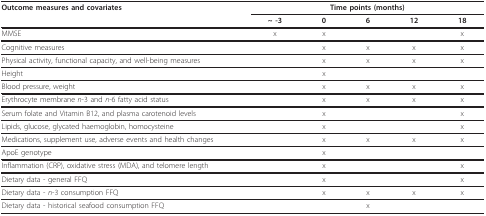
| Outcome measures and covariates | <COLSPAN=5> Time points (months) |
 |  | ~ -3 | 0 | 6 | 12 | 18 |
 | --- | --- | --- | --- | --- | --- |
 | MMSE | x | x |  |  | x |
 | Cognitive measures |  | x | x | x | x |
 | Physical activity, functional capacity, and well-being measures |  | x | x | x | x |
 | Height |  | x |  |  |  |
 | Blood pressure, weight |  | x | x | x | x |
 | Erythrocyte membrane n-3 and n-6 fatty acid status |  | x | x | x | x |
 | Serum folate and Vitamin B12, and plasma carotenoid levels |  | x |  |  | x |
 | Lipids, glucose, glycated haemoglobin, homocysteine |  | x |  |  | x |
 | Medications, supplement use, adverse events and health changes |  | x | x | x | x |
 | ApoE genotype |  | x |  |  |  |
 | Inflammation (CRP), oxidative stress (MDA), and telomere length |  | x |  |  | x |
 | Dietary data - general FFQ |  | x |  |  | x |
 | Dietary data - n-3 consumption FFQ |  | x | x | x | x |
 | Dietary data - historical seafood consumption FFQ |  |  | x |  |  |